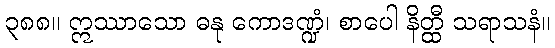
၃၈၈။ ဣဿာသော ဓနု ကောဒဏ္ဍံ၊ စာပေါ နိတ္ထီ သရာသနံ။